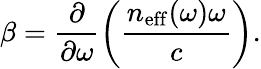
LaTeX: \beta=\frac{\partial}{\partial\omega}\left(\frac{n_{\mathrm{eff}}(\omega)\omega}{c}\right).